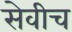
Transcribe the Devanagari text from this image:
सेवीच